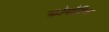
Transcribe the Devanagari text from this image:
क्रोमौटिक